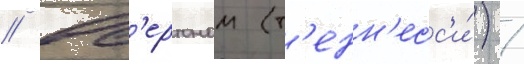
// Ов'ертоном (т'енн'есс'и́) /